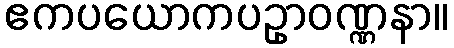
ဧကပယောကပဥှာဝဏ္ဏနာ။